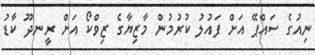
ނިއުގެ ސައްޕޭ އަށް ފައުލު ކުރުމުން މާޒިޔާގެ ޒިވްކޯ އަށް ރީނދޫ ކާޑު